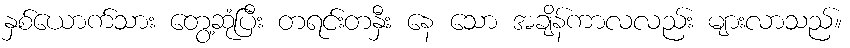
နှစ်ယောက်သား တွေ့ဆုံပြီး တရင်းတနှီး နေ သော အချိန်ကာလလည်း များလာသည်။